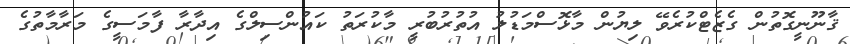
ޤާނޫނީގޮތުން ގެޒެޓްކުރެވޭ ލިޔުން މާޅޮސްމަޑުލު އުތުރުބުރީ މާކުރަތު ކައުންސިލްގެ އިދާރާ ފާމަސީގެ މަރާމާތުގެ